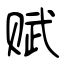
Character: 赋